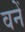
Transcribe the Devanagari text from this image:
वनें